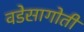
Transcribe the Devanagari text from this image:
वडेसागोती